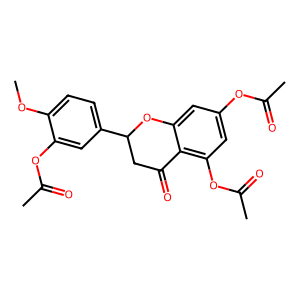
SMILES: COc1ccc(C2CC(=O)c3c(OC(C)=O)cc(OC(C)=O)cc3O2)cc1OC(C)=O
Inhibits HIV replication: No